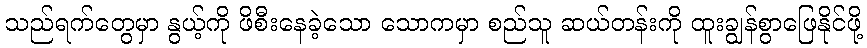
သည်ရက်တွေမှာ နွယ့်ကို ဖိစီးနေခဲ့သော သောကမှာ စည်သူ ဆယ်တန်းကို ထူးချွန်စွာဖြေနိုင်ဖို့